Report of the Indian Hemp Drugs Commission, 1894-1895 - Volume V
Year: 1894
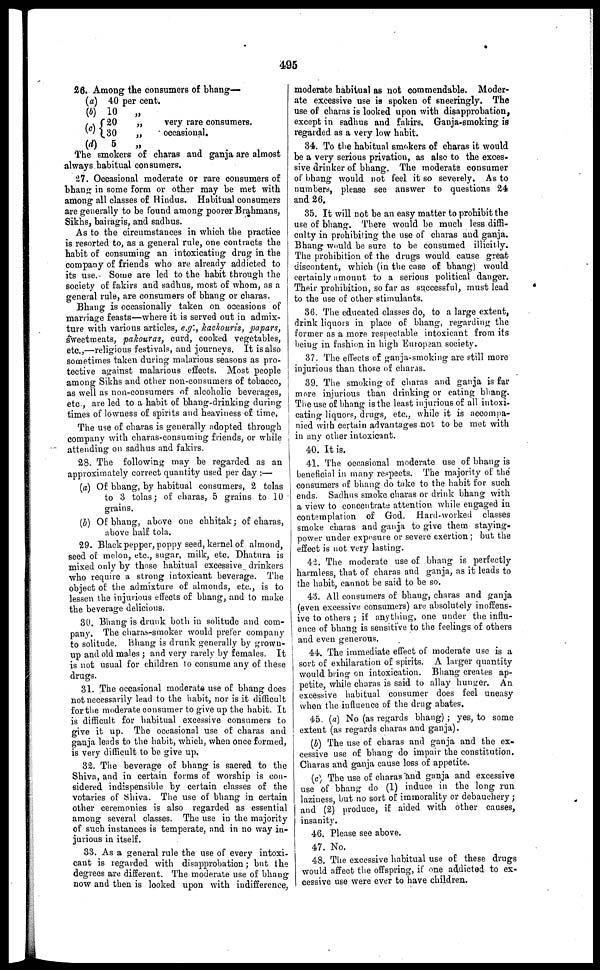
495
26. Among the consumers of bhang—
(a)
(b)
(c)
(d)
40 per cent.
10
„
20
„
30
„
5
„
very rare consumers.
occasional.
The smokers of charas and ganja are almost
always habitual consumers.
27. Occasional moderate or rare consumers of
bhang in some form or other may be met with
among all classes of Hindus. Habitual consumers
are generally to be found among poorer Brahmans,
Sikhs, bairagis, and sadhus.
As to the circumstances in which the practice
is resorted to, as a general rule, one contracts the
habit of consuming an intoxicating drug in the
company of friends who are already addicted to
its use. Some are led to the habit through the
society of fakirs and sadhus, most of whom, as a
general rule, are consumers of bhang or charas.
Bhang is occasionally taken on occasions of
marriage feasts—where it is served out in admix-
ture with various articles, e.g., kachouris, papars,
sweetmeats, pakouras, curd, cooked vegetables,
etc.,—religious festivals, and journeys. It is also
sometimes taken during malarious seasons as pro-
tective against malarious effects. Most people
among Sikhs and other non-consumers of tobacco,
as well as non-consumers of alcoholic beverages,
etc , are led to a habit of bhang-drinking during
times of lowness of spirits and heaviness of time.
The use of charas is generally adopted through
company with charas-consuming friends, or while
attending on sadhus and fakirs.
28. The following may be regarded as an
approximately correct quantity used per day :—
(a) Of bhang, by habitual consumers, 2 tolas
to 3 tolas; of charas, 5 grains to 10
grains.
(b) Of bhang, above one chhitak; of charas,
above half tola.
29. Black pepper, poppy seed, kernel of almond,
seed of melon, etc., sugar, milk, etc. Dhatura is
mixed only by those habitual excessive drinkers
who require a strong intoxicant beverage. The
object of the admixture of almonds, etc., is to
lessen the injurious effects of bhang, and to make
the beverage delicions.
30. Bhang is drunk both in solitude and com-
pany. The charas-smoker would prefer company
to solitude. Bhang is drunk generally by grown-
up and old males ; and very rarely by females. It
is not usual for children to consume any of these
drugs.
31. The occasional moderate use of bhang does
not necessarily lead to the habit, nor is it difficult
for the moderate consumer to give up the habit. It
is difficult for habitual excessive consumers to
give it up. The occasional use of charas and
ganja leads to the habit, which, when once formed,
is very difficult to be give up.
32. The beverage of bhang is sacred to the
Shiva, and in certain forms of worship is con-
sidered indispensible by certain classes of the
votaries of Shiva. The use of bhang in certain
other ceremonies is also regarded as essential
among several classes. The use in the majority
of such instances is temperate, and in no way in-
jurious in itself.
33. As a general rule the use of every intoxi-
cant is regarded with disapprobation; but the
degrees are different. The moderate use of bhang
now and then is looked upon with indifference,
moderate habitual as not commendable. Moder-
ate excessive use is spoken of sneeringly. The
use of charas is looked upon with disapprobation,
except in sadhus and fakirs. Ganja-smoking is
regarded as a very low habit.
34. To the habitual smokers of charas it would
be a very serious privation, as also to the exces-
sive drinker of bhang. The moderate consumer
of bhang would not feel it so severely. As to
numbers, please see answer to questions 24
and 26.
35. It will not be an easy matter to prohibit the
use of bhang. There would be much less diffi-
culty in prohibiting the use of charas and ganja.
Bhang would be sure to be consumed illicitly.
The prohibition of the drugs would cause great
discontent, which (in the case of bhang) would
certainly amount to a serious political danger.
Their prohibition, so far as successful, must lead
to the use of other stimulants.
36. The educated classes do, to a large extent,
drink liquors in place of bhang, regarding the
former as a more respectable intoxicant from its
being in fashion in high European society.
37. The effects of ganja-smoking are still more
injurious than those of charas.
39. The smoking of charas and ganja is far
more injurious than drinking or eating bhang.
The use of bhang is the least injurious of all intoxi-
cating liquors, drugs, etc., while it is accompa-
nied with certain advantages not to be met with
in any other intoxicant.
40. It is.
41. The occasional moderate use of bhang is
beneficial in many respects. The majority of the
consumers of bhang do take to the habit for such
ends. Sadhus smoke charas or drink bhang with
a view to concentrate attention while engaged in
contemplation of God. Hard-worked classes
smoke charas and ganja to give them staying-
power under exposure or severe exertion ; but the
effect is not very lasting.
42. The moderate use of bhang is perfectly
harmless, that of charas and ganja, as it leads to
the habit, cannot be said to be so.
43. All consumers of bhang, charas and ganja
(even excessive consumers) are absolutely inoffens-
ive to others ; if anything, one under the influ-
ence of bhang is sensitive to the feelings of others
and even generous.
44. The immediate effect of moderate use is a
sort of exhilaration of spirits. A larger quantity
would bring on intoxication. Bhang creates ap-
petite, while charas is said to allay hunger. An
excessive habitual consumer does feel uneasy
when the influence of the drug abates.
45. (a) No (as regards bhang) ; yes, to some
extent (as regards charas and ganja).
(b) The use of charas and ganja and the ex-
cessive use of bhang do impair the constitution.
Charas and ganja cause loss of appetite.
(c) The use of charas and ganja and excessive
use of bhang do (1) induce in the long run
laziness, but no sort of immorality or debauchery ;
and (2) produce, if aided with other causes,
insanity.
46. Please see above.
47. No.
48. The excessive habitual use of these drugs
would affect the offspring, if one addicted to ex-
cessive use were ever to have children.